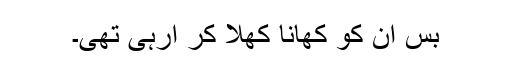
بس ان کو کھانا کھلا کر آرہی تھی۔